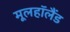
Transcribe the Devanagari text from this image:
मूलहॉलैंड